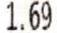
1.69